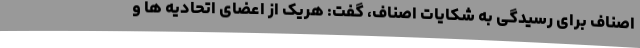
اصناف برای رسیدگی به شکایات اصناف، گفت: هریک از اعضای اتحادیه ها و